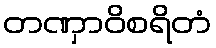
တဏှာဝိစရိတံ